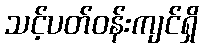
သင့်ပတ်ဝန်းကျင်ရှိ